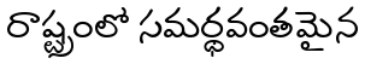
రాష్ట్రంలో సమర్థవంతమైన